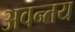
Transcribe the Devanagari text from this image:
अवन्तय